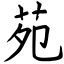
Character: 苑